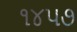
૧૪૫૭